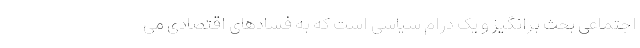
اجتماعی بحث‌ برانگیز و یک درام سیاسی است که به فسادهای اقتصادی می‌